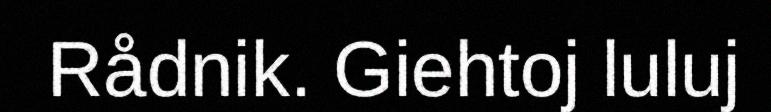
Rådnik. Giehtoj luluj